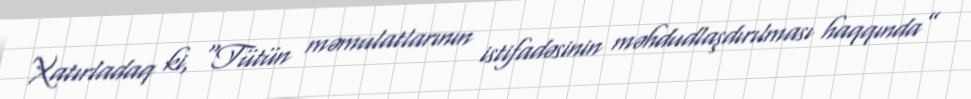
Xatırladaq ki, “Tütün məmulatlarının istifadəsinin məhdudlaşdırılması haqqında”